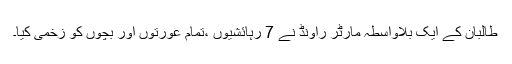
طالبان کے ایک بلاواسطہ مارٹر راونڈ نے 7 رہائشیوں ،تمام عورتوں اور بچوں کو زخمی کیا۔